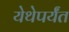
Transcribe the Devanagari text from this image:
येथेपर्यंत